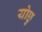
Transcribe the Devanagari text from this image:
योछु